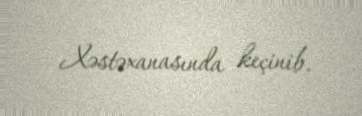
Xəstəxanasında keçinib.